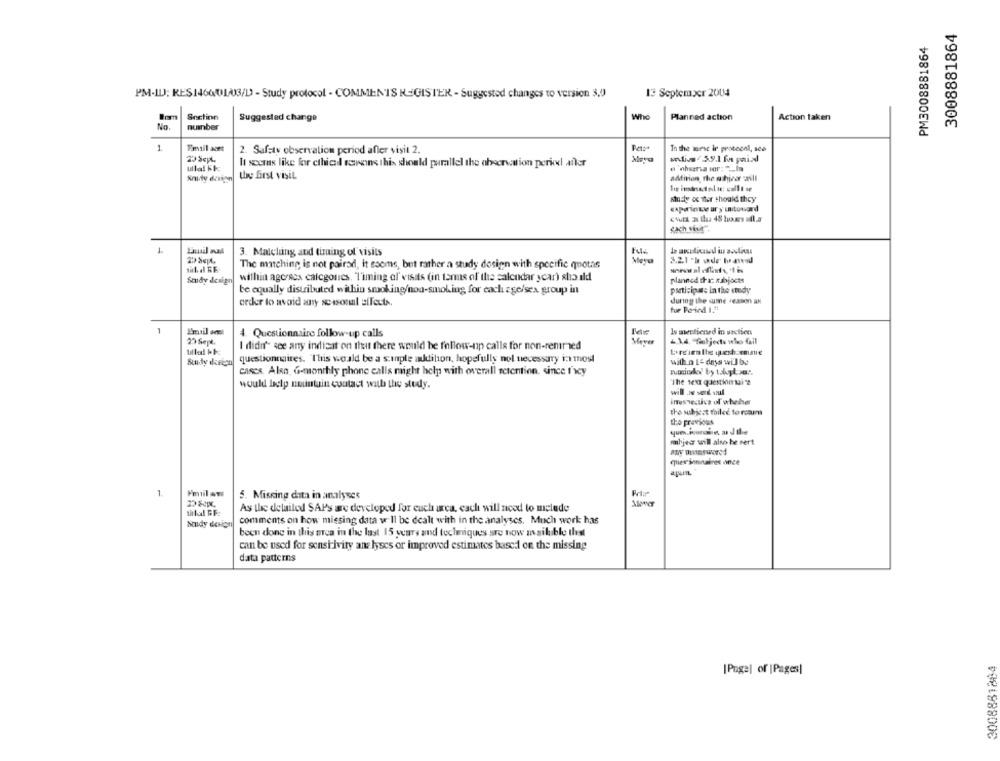
3008881864
PM3008881864
13 September 2004
PM-ILJ; RES14600103/D - Study protocol - COMMENTS R GISTER - Suggested changes to version 3,0
Snctinn
Who
Bom
Suggested change
Planned action
Action taken
No.
number
1
2. Safety observation period after visit 2.
Peter
In the morse ir protecol, sco
oliva 5.9.1 fa paixd
ullal kt
It seems like for cthical serons this should parallel the observation period after
o observa vor: " __ Im
thy first visit.
addition, the athiver asli
study of ter should they
exponate ar y untoward
Sach viut.
1
3. Malching and timing of visits
The marching is not pairsd, it ssoms, but rather a study design with specific quotas
3.2.1 -h ude tuaweed
Study design
within agoracs calcgones. Timing of' visits (in terms of the calendar year) should
planned that Rabbjocts
participate in the study
be equally distributed within smoking/non-smoking for each zge/sex group in
order to avoid any seasonal effects.
during the same reason an
tor Porind 1.ªt
1
4. Questionnaire follow-up calls
Is mentioned in section
27 Sept.
4 14, fiatjects who fall
I didn't see any indicar on that there would be follow-up calls for non-remmed
questionnaires. This would be a sinple addition, hopefully nol necessary in tost
will o L& days will be
cases. Also, G-monthly phone calls might help with overall retention. since I'vey
would help nountuin contact with the study.
will .Ju sed soul
inesTedivs of wheher
the subject failed to rcamm
to previous
mihjesz will also be sert
Tes soonaires once
ajun.
1
Fmul ami
5. Missing data in analyses
As the detailed SAPs are developed for euch area, cach will need to melede
Study design
comments on how missing data w Il be dealt with in the analyses. Much work has
been done in this area in the last 15 years and techniques are now asibible that
can be used for sensi-ivity ans lyses or improved estimates based on the missing
data patterns
3008881884
[Page] of | Pages]